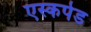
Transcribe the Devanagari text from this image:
एस्कपेड